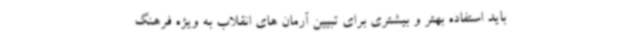
باید استفاده بهتر و بیشتری برای تبیین آرمان های انقلاب به ویژه فرهنگ